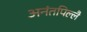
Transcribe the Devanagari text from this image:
अनंतपिल्लै